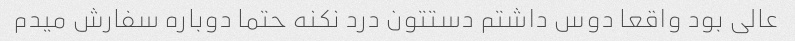
عالی بود واقعا دوس داشتم دستتون درد نکنه حتما دوباره سفارش میدم